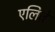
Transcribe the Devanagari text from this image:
एलिज़े